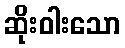
ဆိုးဝါးသော